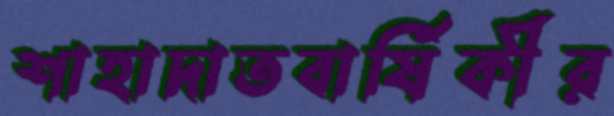
শাহাদাতবার্ষিকীর